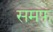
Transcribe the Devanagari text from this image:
समफ